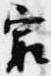
最